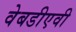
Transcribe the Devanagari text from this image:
वेबडीएवी